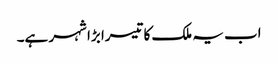
اب یہ ملک کا تیسرا بڑا شہر ہے۔